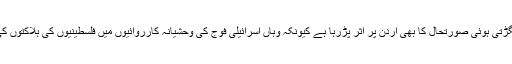
دوسری جانب، غزہ کی بگڑتی ہوئی صورتحال کا بھی اُردن پر اثر پڑرہا ہے کیونکہ وہاں اسرائیلی فوج کی وحشیانہ کارروائیوں میں فلسطینیوں کی ہلاکتوں کی تعداد بڑھتی جارہی ہے۔